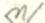
n/